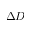
\Delta D